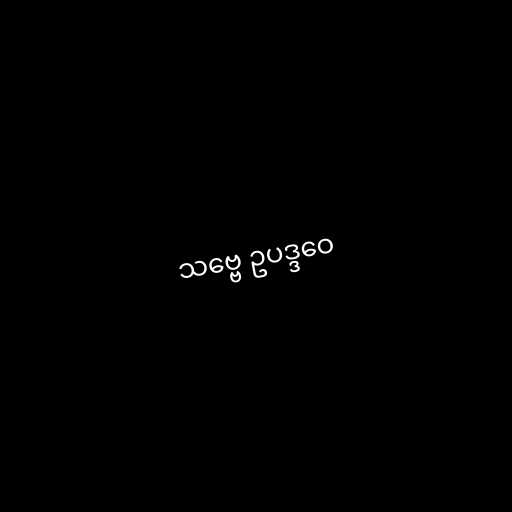
သဗ္ဗေ ဥပဒ္ဒဝေ